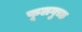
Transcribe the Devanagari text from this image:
फूलगुच्छ